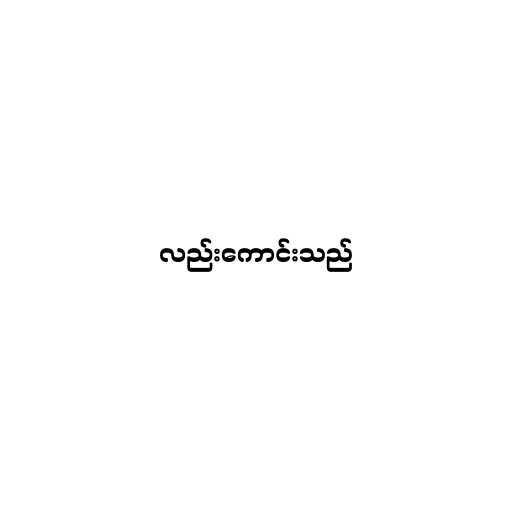
လည်းကောင်းသည်